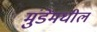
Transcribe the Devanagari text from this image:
मुंडेंमधील